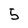
Character: 5